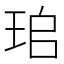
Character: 𤤷